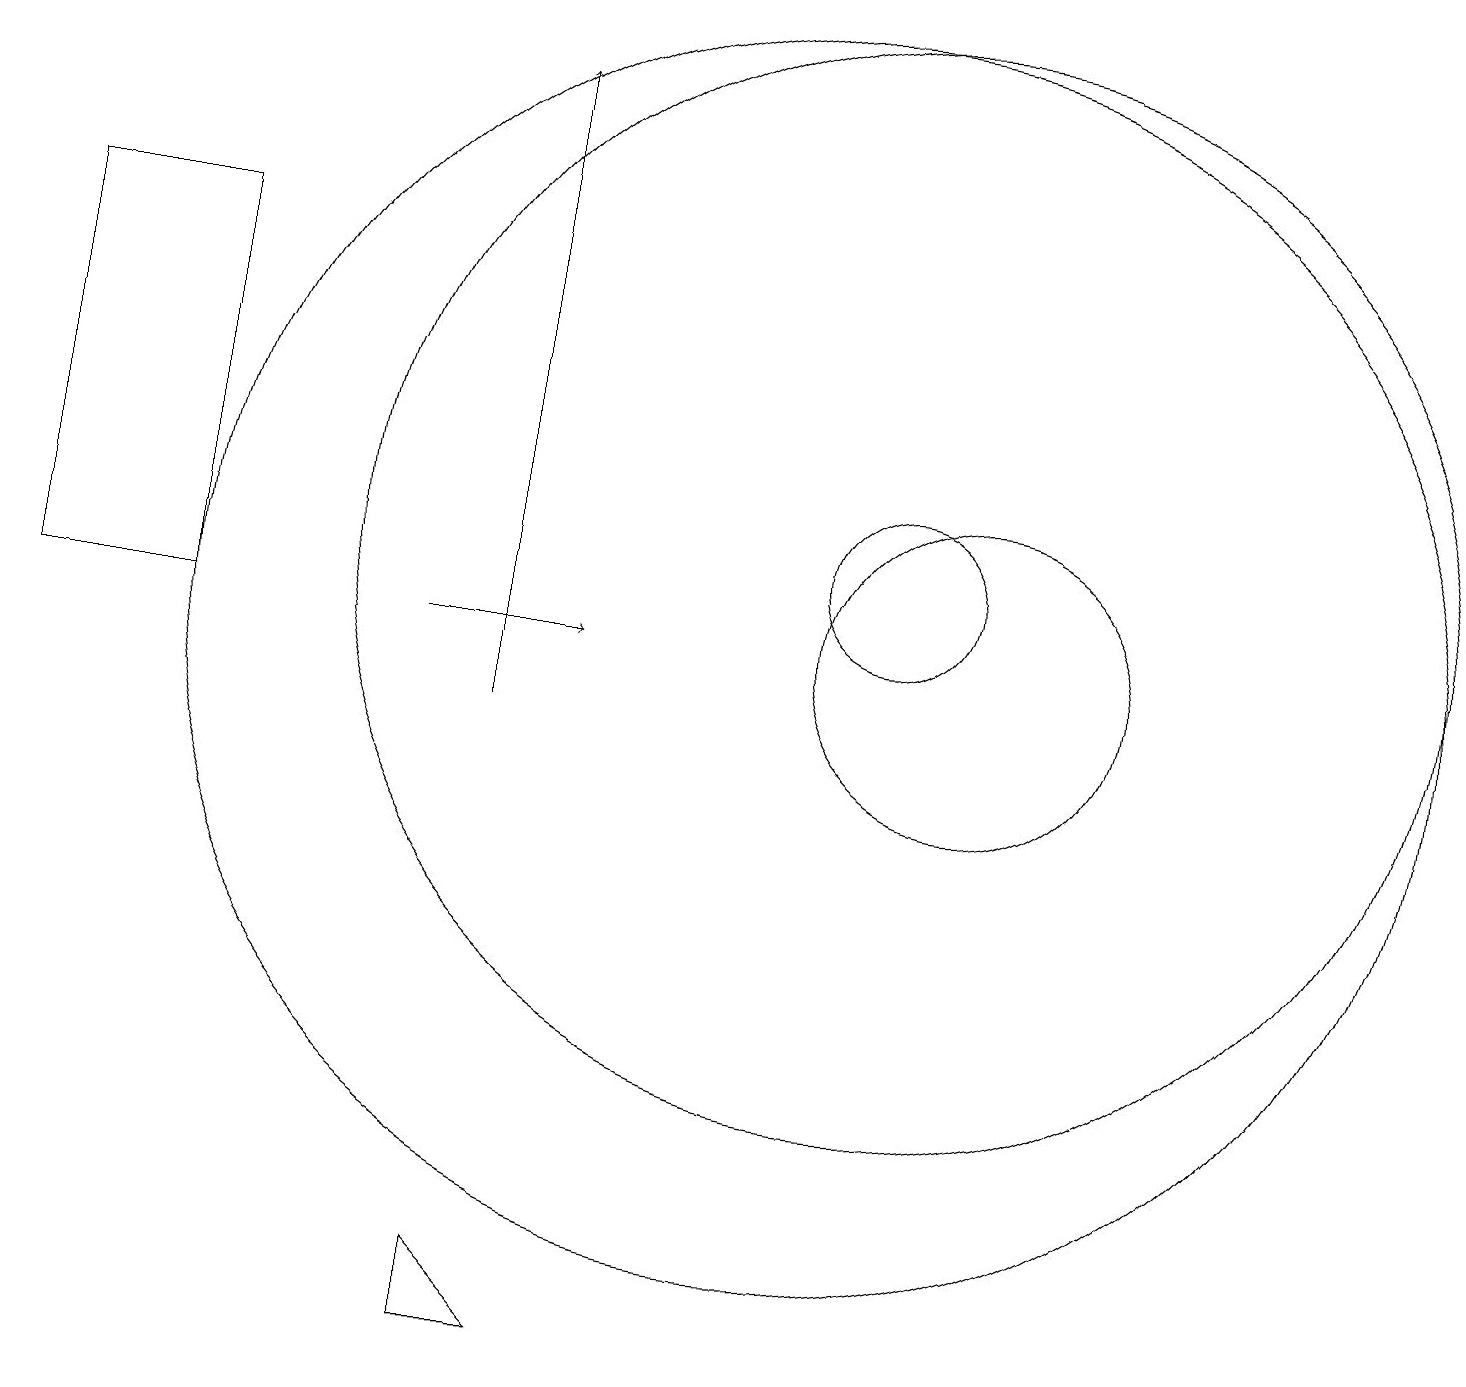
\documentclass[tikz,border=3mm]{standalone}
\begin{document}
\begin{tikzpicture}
\draw (6,2) -- (6,3) -- (7,2) -- cycle;
\draw (11,12) circle (7);
\draw[->] (6,10) -- (6,18);
\draw (0,16) rectangle (2,11);
\draw (12,11) circle (2);
\draw[->] (5,11) -- (7,11);
\draw (11,12) circle (1);
\draw (10,11) circle (8);
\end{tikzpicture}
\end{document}